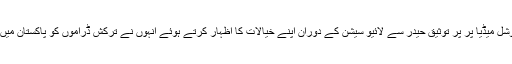
میڈیا رپورٹ کے مطابق سوشل میڈیا پر پر توثیق حیدر سے لائیو سیشن کے دوران اپنے خیالات کا اظہار کرتے ہوئے انہوں نے ترکش ڈراموں کو پاکستان میں نشر کرنے کی مخالفت کی۔